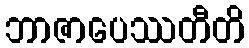
ဘာဇာပေဿတီတိ